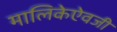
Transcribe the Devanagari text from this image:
मालिकेऐवजी